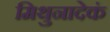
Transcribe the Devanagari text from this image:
मिथुनादेकं